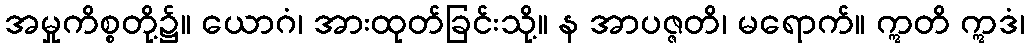
အမှုကိစ္စတို့၌။ ယောဂံ၊ အားထုတ်ခြင်းသို့။ န အာပဇ္ဇတိ၊ မရောက်။ ဣတိ ဣဒံ၊